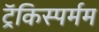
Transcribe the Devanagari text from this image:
ट्रॅकिस्पर्मम